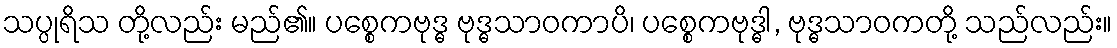
သပ္ပုရိသ တို့လည်း မည်၏။ ပစ္စေကဗုဒ္ဓ ဗုဒ္ဓသာဝကာပိ၊ ပစ္စေကဗုဒ္ဓါ, ဗုဒ္ဓသာဝကတို့ သည်လည်း။